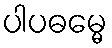
ပါပဓမ္မေ